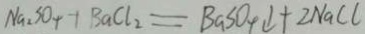
N a _ { 2 } S O _ { 4 } + B a C l _ { 2 } = B a S O _ { 4 } \downarrow + 2 N a C l